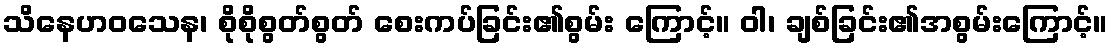
သိနေဟဝသေန၊ စိုစိုစွတ်စွတ် စေးကပ်ခြင်း၏စွမ်း ကြောင့်။ ဝါ၊ ချစ်ခြင်း၏အစွမ်းကြောင့်။